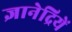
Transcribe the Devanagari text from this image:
ज्ञानेद्रियें